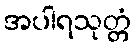
အပါရသုတ္တံ